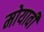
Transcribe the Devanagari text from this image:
मोयावी